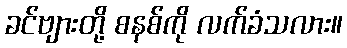
ခင်ဗျားတို့ စနစ်ကို လက်ခံသလား။